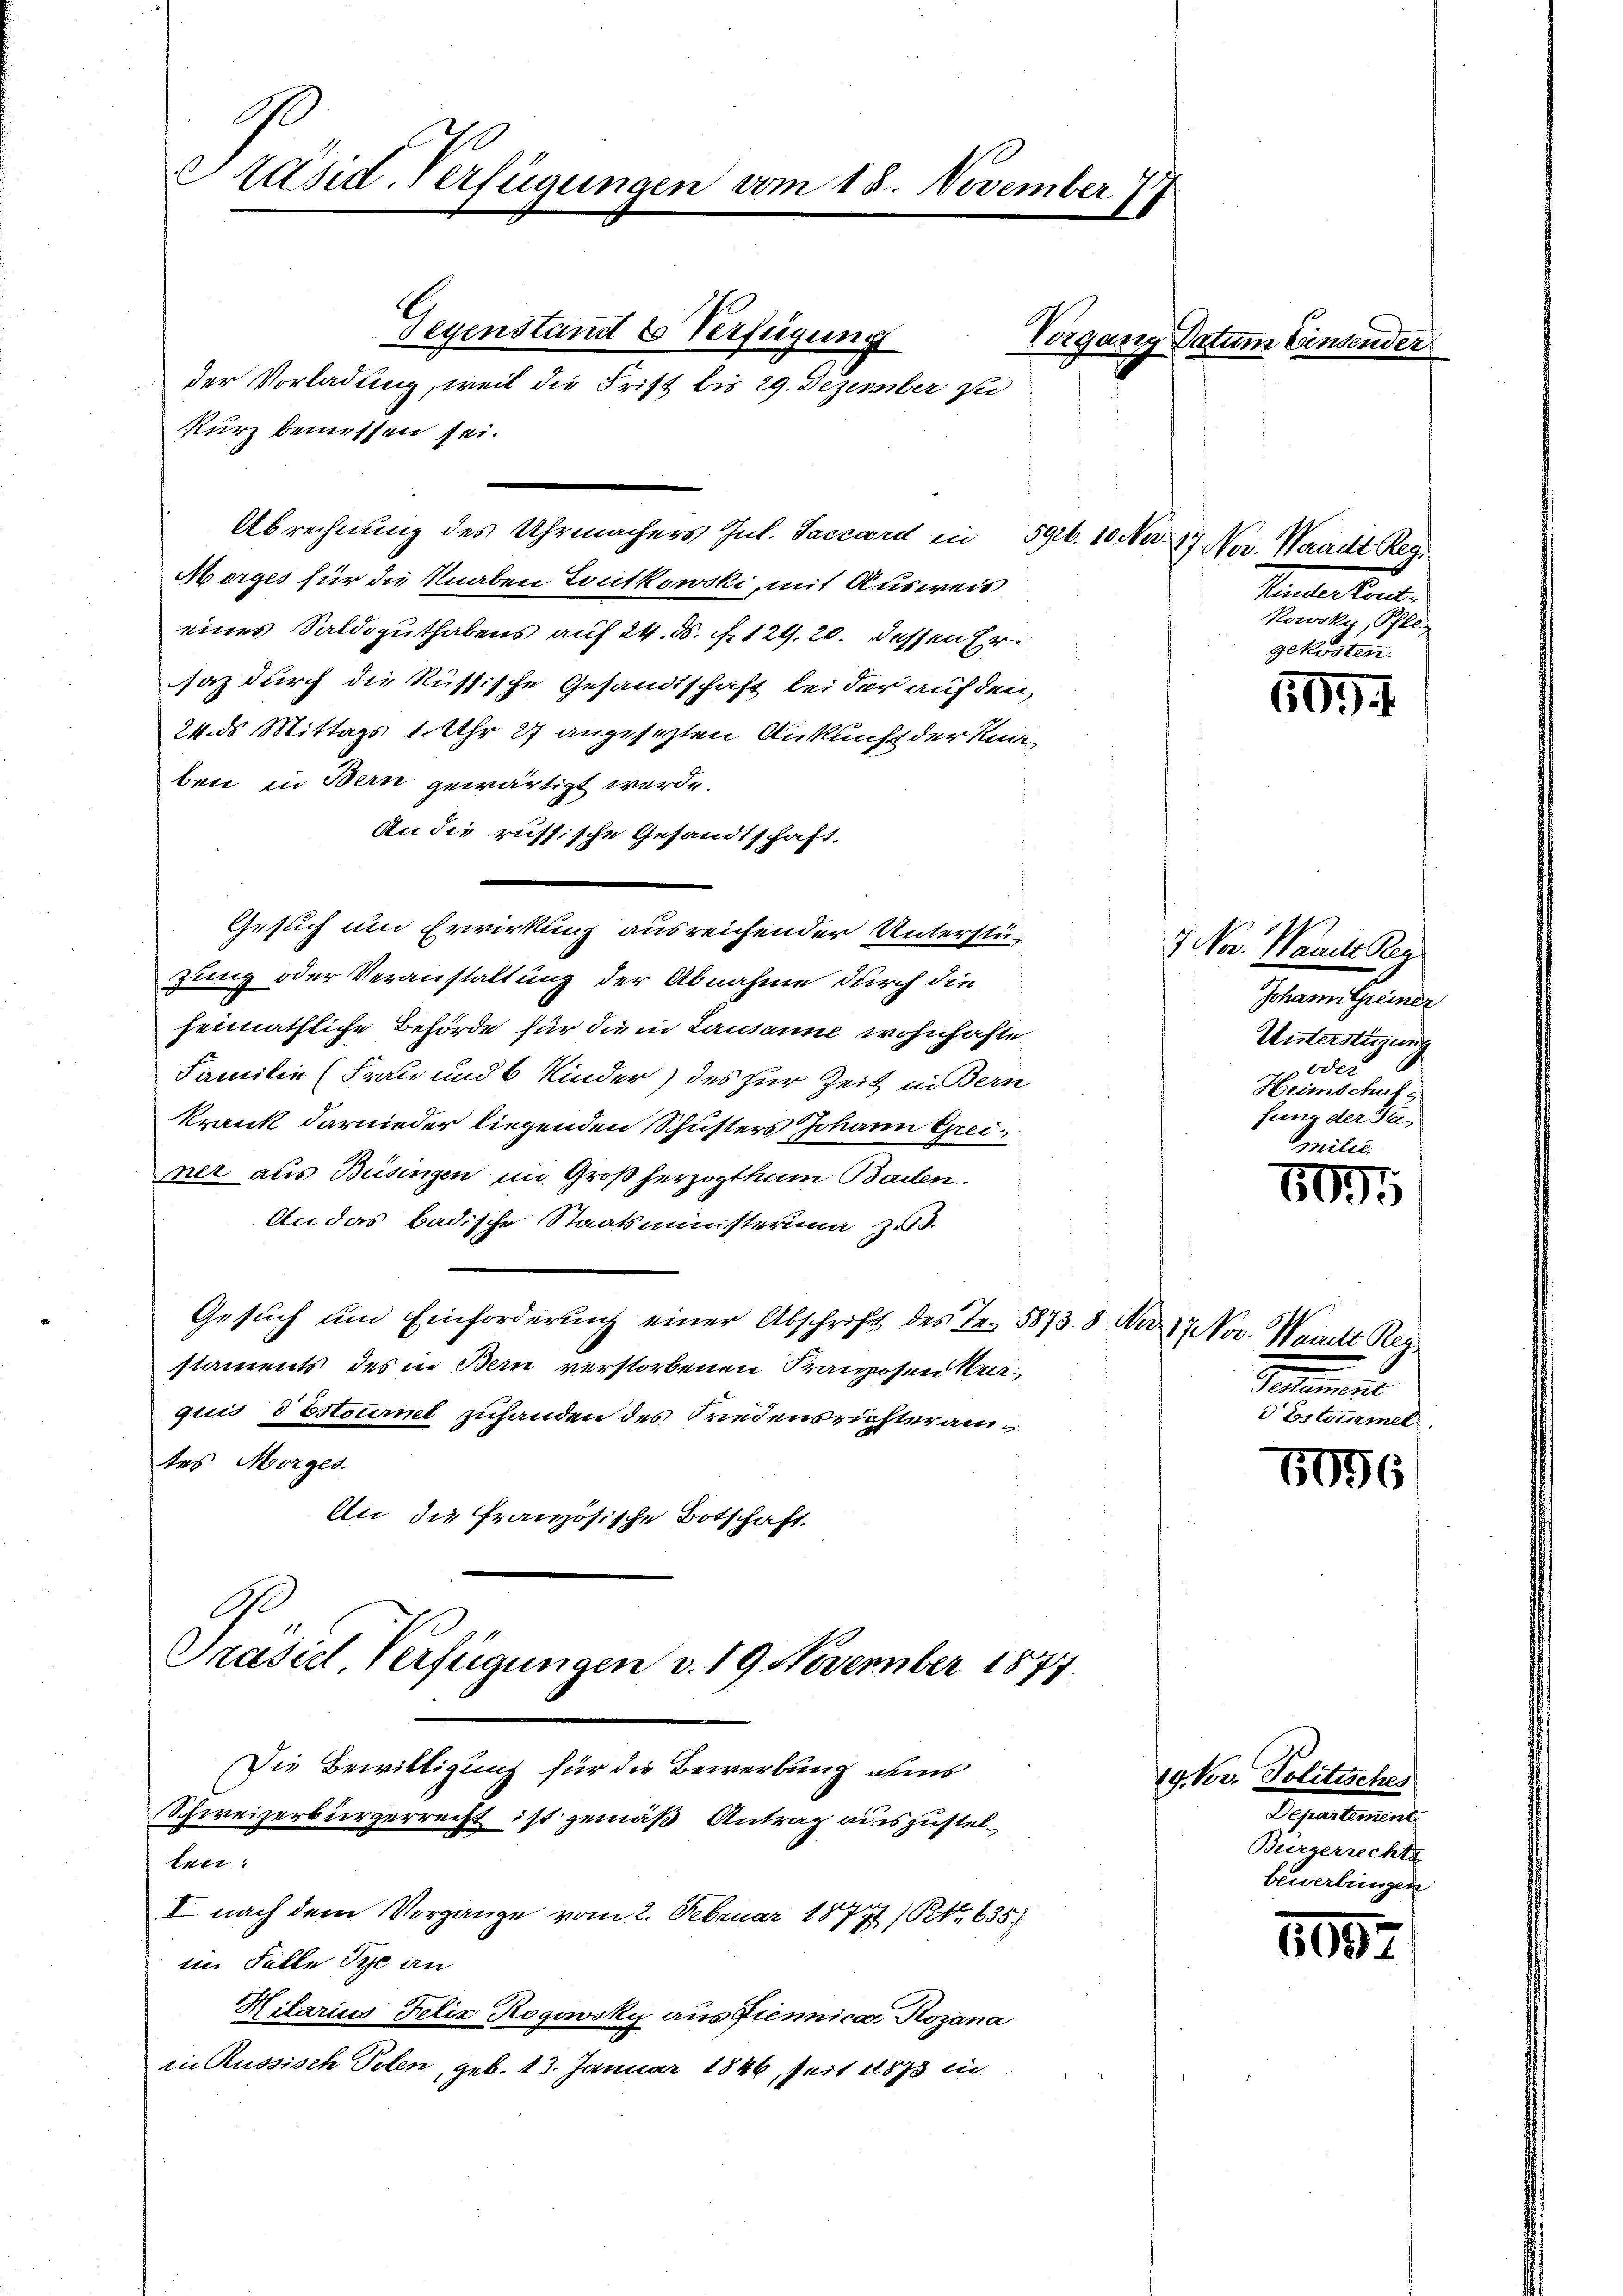
A
Präsid-Verfügungen vom 18. November 77

Gegenstand 6 Verfügung
Kurz bemessen sei.
Abrechnung des Uhrmachers Jul. Saccard in 596. 10. No. 17. No. Waadt Reg¬
Morges für die Knaben Toutkowski, mit Ausweis
eines Saldozuthabens auf 24. d. 129, 20. dessen Er
saz durch die Russische Gesandtschaft bei der auf den
24. ds Mittags 1 Uhr 27 angesezten Ankunft der Knaben in Bern gewärtigt werde.
An die russische Gesandtschaft,
Gesuch um Erwirkung ausreichender Unterstüzung oder Veranstaltung der Abnahme durch die
heimathliche Behörde für die in Lausanne wohnhafte
Familie (Frau und 6 Kinder) des zur Zeit in Bern
krank darnieder liegenden Schusters Johann Greimner aus Büsingen im Großherzogthum Baden.
An das badische Staatsministerina zu d
Gesuch um Einforderung einer Abschrift des Fr. 5873. 8. No. 17 Nov. Warnekt Ker
staments des in Bern verstorbenen Franzosen Verquis d Estournel zuhanden des Friedensrichteramtes Morges.
An die französische Botschaft.

C
Präsiel Verfügungen v. 19. November 1877.

Die Bewilligung für die Bewerbung ans
Schweizerbürgerrecht ist gemäß Antrag auszustelten:
I nach dem Vorgange vom 2. Februar 18771/ B. 635.
im Falle Tye an
Hilarius Felix Rogovsky aus Piennica Hozana
in Russisch Polen, geb. 13. Januar 1846, seit 1873 in

der Vorladung, weil die Frist bis 29. Dezember zu

Vorgang Datum Einsender

5094

Petentiunt.
kowsky, Pfle
gekosten.

7 Nov. Warte Geg
Johann Greiner
Untersteine
oder
Heimschulfung der Fi¬

109

Semme
Eylamme

1096

19 Kr. Politisches
Separtement
Burgerrechte
bewerbungen

300